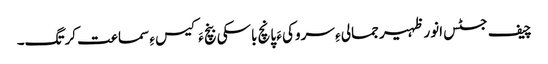
چیف جسٹس انور ظہیر جمالی ءِ سروکی ءَ پانچ باسکی بنچ ءَ کیس ءِ سماعت کرتگ۔